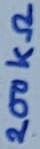
Text: 200KΩ